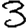
Digit: 3